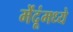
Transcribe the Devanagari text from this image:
मेंदूंमध्ये